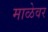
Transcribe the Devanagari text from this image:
माळेवर